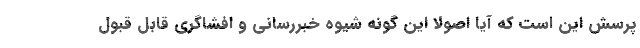
پرسش این است که آیا اصولاً این گونه شیوه خبررسانی و افشاگری قابل قبول